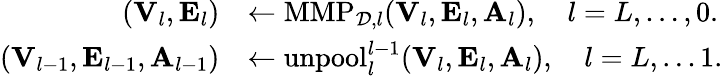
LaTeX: \begin{array}{rl}{({\mathbf V}_{l},{\mathbf E}_{l})}&{\leftarrow\mathrm{MMP}_{{\cal D},l}({\mathbf V}_{l},{\mathbf E}_{l},{\mathbf A}_{l}),\quad l=L,\ldots,0.}\\ {({\mathbf V}_{l-1},{\mathbf E}_{l-1},{\mathbf A}_{l-1})}&{\leftarrow\mathrm{unpool}_{l}^{l-1}({\mathbf V}_{l},{\mathbf E}_{l},{\mathbf A}_{l}),\quad l=L,\ldots 1.}\end{array}